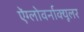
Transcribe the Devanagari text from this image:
ऐंग्लोवर्नाक्यूलर